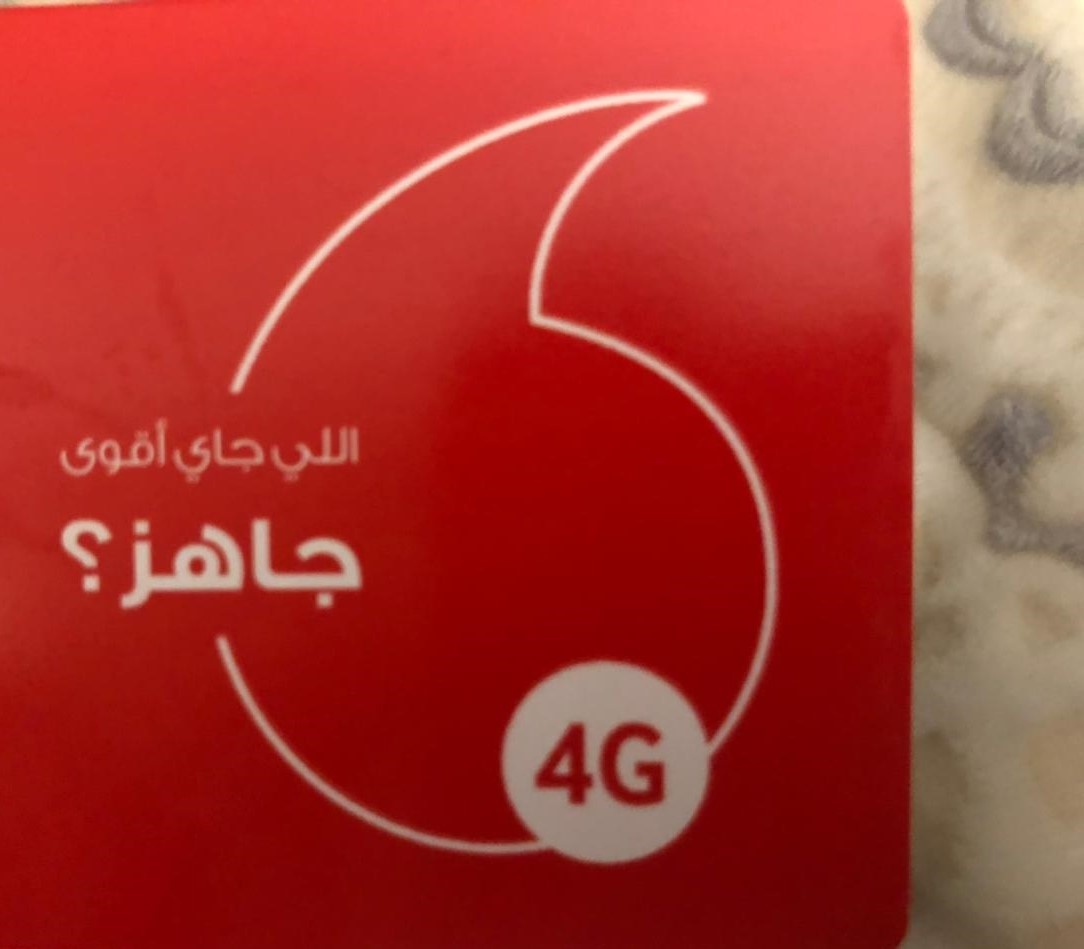
Text in image: أقوى اللي جاي جاهز؟ 4G